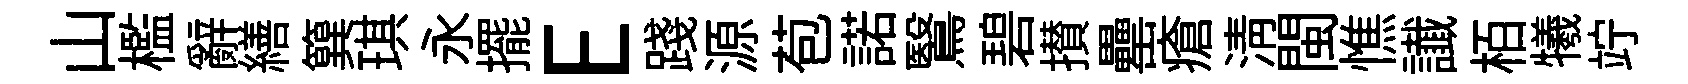
山檻辭繕簨琪永擺E踐源苞諾鷖碧攅罍瘡淸閩憔䜟栢犧竚